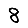
Digit: 8